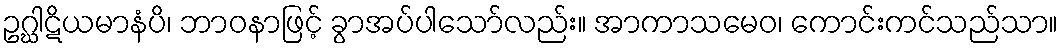
ဥဂ္ဃါဋိယမာနံပိ၊ ဘာဝနာဖြင့် ခွာအပ်ပါသော်လည်း။ အာကာသမေဝ၊ ကောင်းကင်သည်သာ။